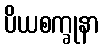
ပိယစက္ခုနာ